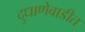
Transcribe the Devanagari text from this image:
दुधाणेवाडीत